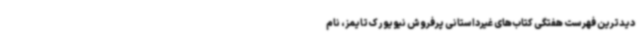
دیدترین فهرست هفتگی کتاب‌های غیرداستانی پرفروش نیویورک‌تایمز، نام